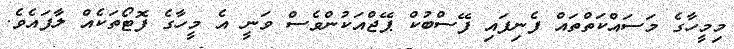
މިމީހާގެ މަސައްކަތްތައް ފެނިފައި ފޭސްބުކް ޕޭޖްއަކުންވެސް ވަނީ އެ މީހާގެ ފޮޓޯތަކެއް ލާފައެވެ.